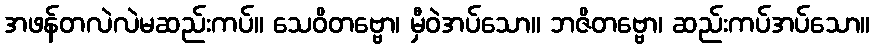
အဖန်တလဲလဲမဆည်းကပ်။ သေဝိတဗ္ဗော၊ မှီဝဲအပ်သော။ ဘဇိတဗ္ဗော၊ ဆည်းကပ်အပ်သော။